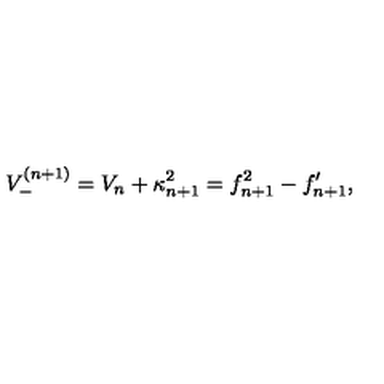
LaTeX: V _ { - } ^ { ( n + 1 ) } = V _ { n } + \kappa _ { n + 1 } ^ { 2 } = f _ { n + 1 } ^ { 2 } - f _ { n + 1 } ^ { \prime } ,